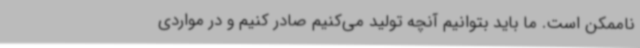
ناممکن است. ما باید بتوانیم آنچه تولید می‌کنیم صادر کنیم و در مواردی